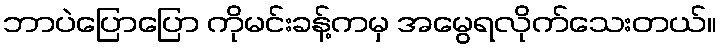
ဘာပဲပြောပြော ကိုမင်းခန့်ကမှ အမွေရလိုက်သေးတယ်။